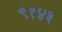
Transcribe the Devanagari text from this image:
९१४३